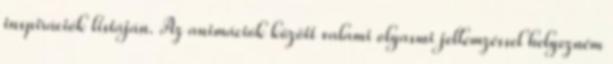
inspirációk listáján. Az animációk között valami olyasmi jellemzéssel helyezném